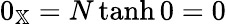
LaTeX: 0_{\mathbb{X}}=N\operatorname{tanh}0=0